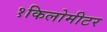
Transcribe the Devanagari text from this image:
१किलोमीटर